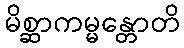
မိစ္ဆာကမ္မန္တောတိ